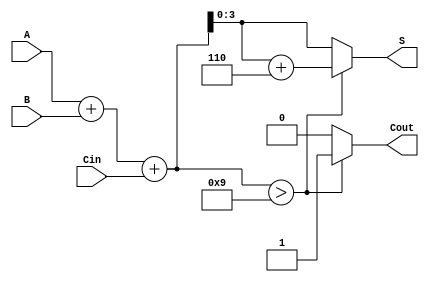
module BCD_Conditional_Adder (
    input  [3:0] A,      // First BCD digit
    input  [3:0] B,      // Second BCD digit
    input        Cin,     // Carry input
    output reg [3:0] S,   // BCD Sum output
    output reg Cout       // Carry output
);
    
    wire [4:0] sum;       // 5-bit intermediate sum

    // Step 1: Perform binary addition
    assign sum = A + B + Cin;

    // Step 2: BCD Correction Logic
    always @(*) begin
        if (sum > 9) begin
            S = sum + 6; // Correction for BCD
            Cout = 1;    // Generate carry for next digit
        end else begin
            S = sum[3:0]; // No correction needed
            Cout = 0;     // No carry out
        end
    end

endmodule